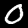
Label: 0